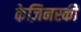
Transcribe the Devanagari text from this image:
केज़िनस्की